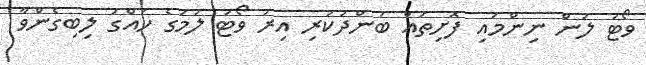
ވޯޓު ލުން ނިންމައި ފޮށިތައް ބަންދުކުރި އިރު ވޯޓު ލުމުގެ ހައްގު ލިބިގެންވާ